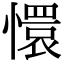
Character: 懁